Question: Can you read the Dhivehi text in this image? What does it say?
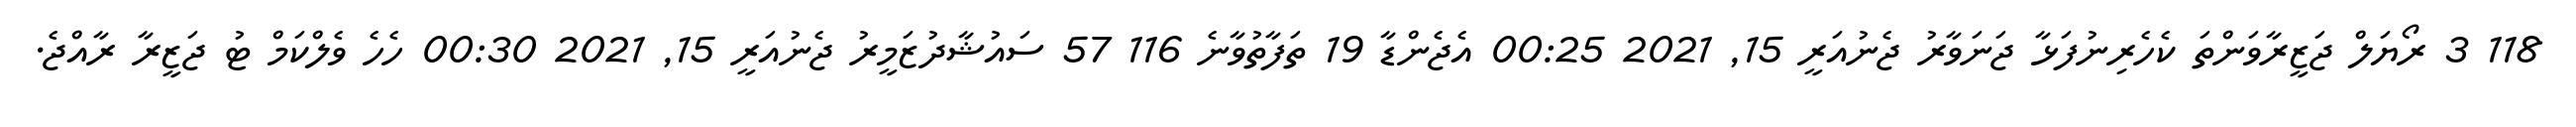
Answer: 118 3 ރޯޔަލް ޖަޒީރާވަންތަ ކެހެރިނުފަޅާ ޖަނަވާރު ޖެނުއަރީ 15, 2021 00:25 އެޖެންޑާ 19 ތަފާތުވާނެ 116 57 ސައުޝާދުޒަމީރު ޖެނުއަރީ 15, 2021 00:30 ހެހެ ވެލްކަމް ޓު ޖަޒީރާ ރާއްޖެ.